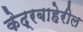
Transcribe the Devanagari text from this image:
केद्रबाहेरील